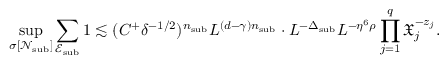
\operatorname* { s u p } _ { \sigma [ \mathcal N _ { \mathrm { s u b } } ] } \sum _ { \mathscr E _ { \mathrm { s u b } } } 1 \lesssim ( C ^ { + } \delta ^ { - 1 / 2 } ) ^ { n _ { \mathrm { s u b } } } L ^ { ( d - \gamma ) n _ { \mathrm { s u b } } } \cdot L ^ { - \Delta _ { \mathrm { s u b } } } L ^ { - \eta ^ { 6 } \rho } \prod _ { j = 1 } ^ { q } \mathfrak X _ { j } ^ { - z _ { j } } .